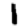
Digit: 1